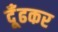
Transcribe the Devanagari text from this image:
दूँढकर